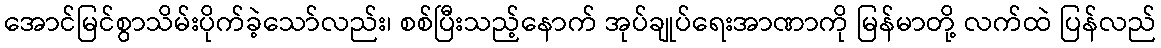
အောင်မြင်စွာသိမ်းပိုက်ခဲ့သော်လည်း၊ စစ်ပြီးသည့်နောက် အုပ်ချုပ်ရေးအာဏာကို မြန်မာတို့ လက်ထဲ ပြန်လည်